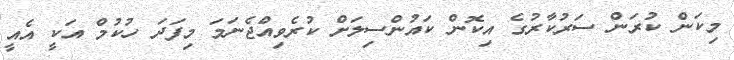
މިކަން ކުރަން ސަރުކާރުގެ އިކޮން ކައުންސިލަށް ކުރެވިއްޖެނަމަ މިފަދަ ހުކުމް އަކީ އެއީ